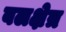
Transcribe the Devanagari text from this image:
बलक्षेत्र